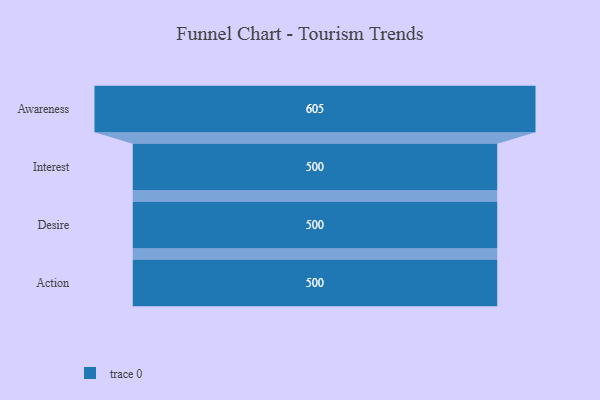
{"axis": {"x": "Stage", "y": "Value"}, "legend": [""], "data": [{"x": "Awareness", "y": 605.0, "type": ""}, {"x": "Interest", "y": 500, "type": ""}, {"x": "Desire", "y": 500, "type": ""}, {"x": "Action", "y": 500, "type": ""}]}